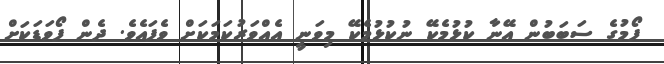
ފޯމުގެ ސަބަބުން އޭނާ ކުޅުމެކޭ ނުކުޅުމެކޭ މިވަނީ އެއްވަރުކަމަކަށް ވެފައެވެ. ދެން ފޯވަޑަކަށް